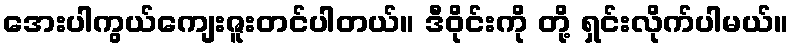
အေးပါကွယ်ကျေးဇူးတင်ပါတယ်။ ဒီဝိုင်းကို တို့ ရှင်းလိုက်ပါမယ်။